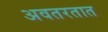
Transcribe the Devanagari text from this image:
अवतरतात